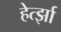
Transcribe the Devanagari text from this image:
हेर्त्झा